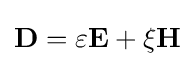
\mathbf {D} =\varepsilon \mathbf {E} +\xi \mathbf {H}